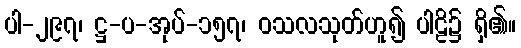
ပါ-၂၉၇၊ ဋ္ဌ-ပ-အုပ်-၁၅၇၊ ဝသလသုတ်ဟူ၍ ပါဠိ၌ ရှိ၏။